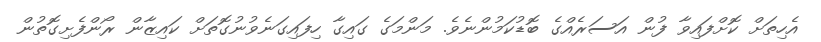
އެހިތަށް ކޮށްފައިވާ ފުން އަސަރެއްގެ ބޮޑުކަމުންނެވެ. މަންމަގެ ގައިގާ ހިފައިގަނެވުނުގޮތަށް ކައިޒާން ރޯންފެށިގޮތުން